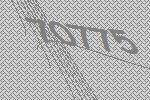
70775